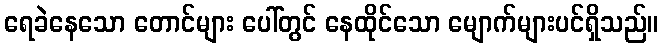
ရေခဲနေသော တောင်များ ပေါ်တွင် နေထိုင်သော မျောက်များပင်ရှိသည်။